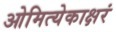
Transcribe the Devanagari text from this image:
ओमित्येकाक्षरं